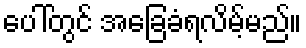
ပေါ်တွင် အခြေခံရလိမ့်မည်။